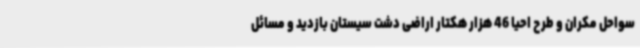
سواحل مکران و طرح احیا 46 هزار هکتار اراضی دشت سیستان بازدید و مسائل